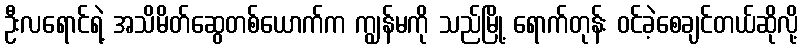
ဦးလရောင်ရဲ့ အသိမိတ်ဆွေတစ်ယောက်က ကျွန်မကို သည်မြို့ ရောက်တုန်း ဝင်ခဲ့စေချင်တယ်ဆိုလို့